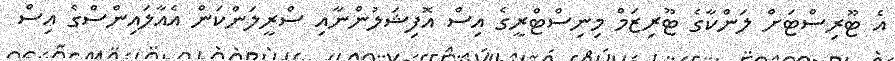
އެ ޓޫރިސްޓަށް ލަންކާގެ ޓޫރިޒަމް މިނިސްޓްރީގެ އިސް އޮފިޝަލުންނާއި ސްރީލަންކަން އެއާލައިންސްގެ އިސް